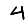
Digit: 4